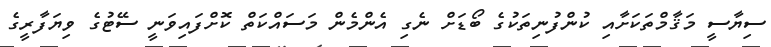
ސިޔާސީ މަޤާމްތަކަށާއި ކުންފުނިތަކުގެ ބޯޑަށް ނެގި އެންމެން މަސައްކަތް ކޮށްފައިވަނީ ސޭޓުގެ ވިޔަފާރީގެ